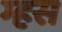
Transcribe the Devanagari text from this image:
म्हस